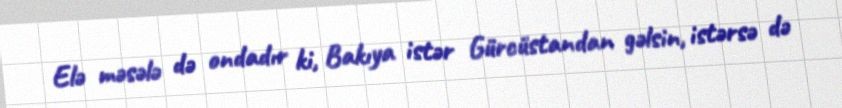
Elə məsələ də ondadır ki, Bakıya istər Gürcüstandan gəlsin, istərsə də